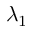
\lambda _ { 1 }